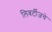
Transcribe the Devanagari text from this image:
लिबर्टीजचे